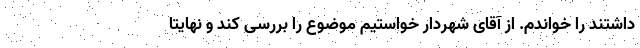
داشتند را خواندم. از آقای شهردار خواستیم موضوع را بررسی کند و نهایتا